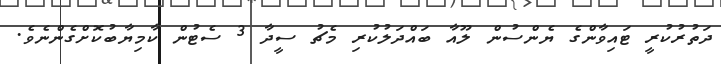
ދަތުރުކުރީ ޓައިވާންގެ ޔެންސުން ލޫއާ ބައްދަލުކުރި މެޗު ސީދާ 3 ސެޓުން ކާމިޔާބުކޮށްގެންނެވެ.